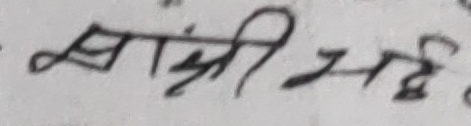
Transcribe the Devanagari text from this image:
खाँची मद्र